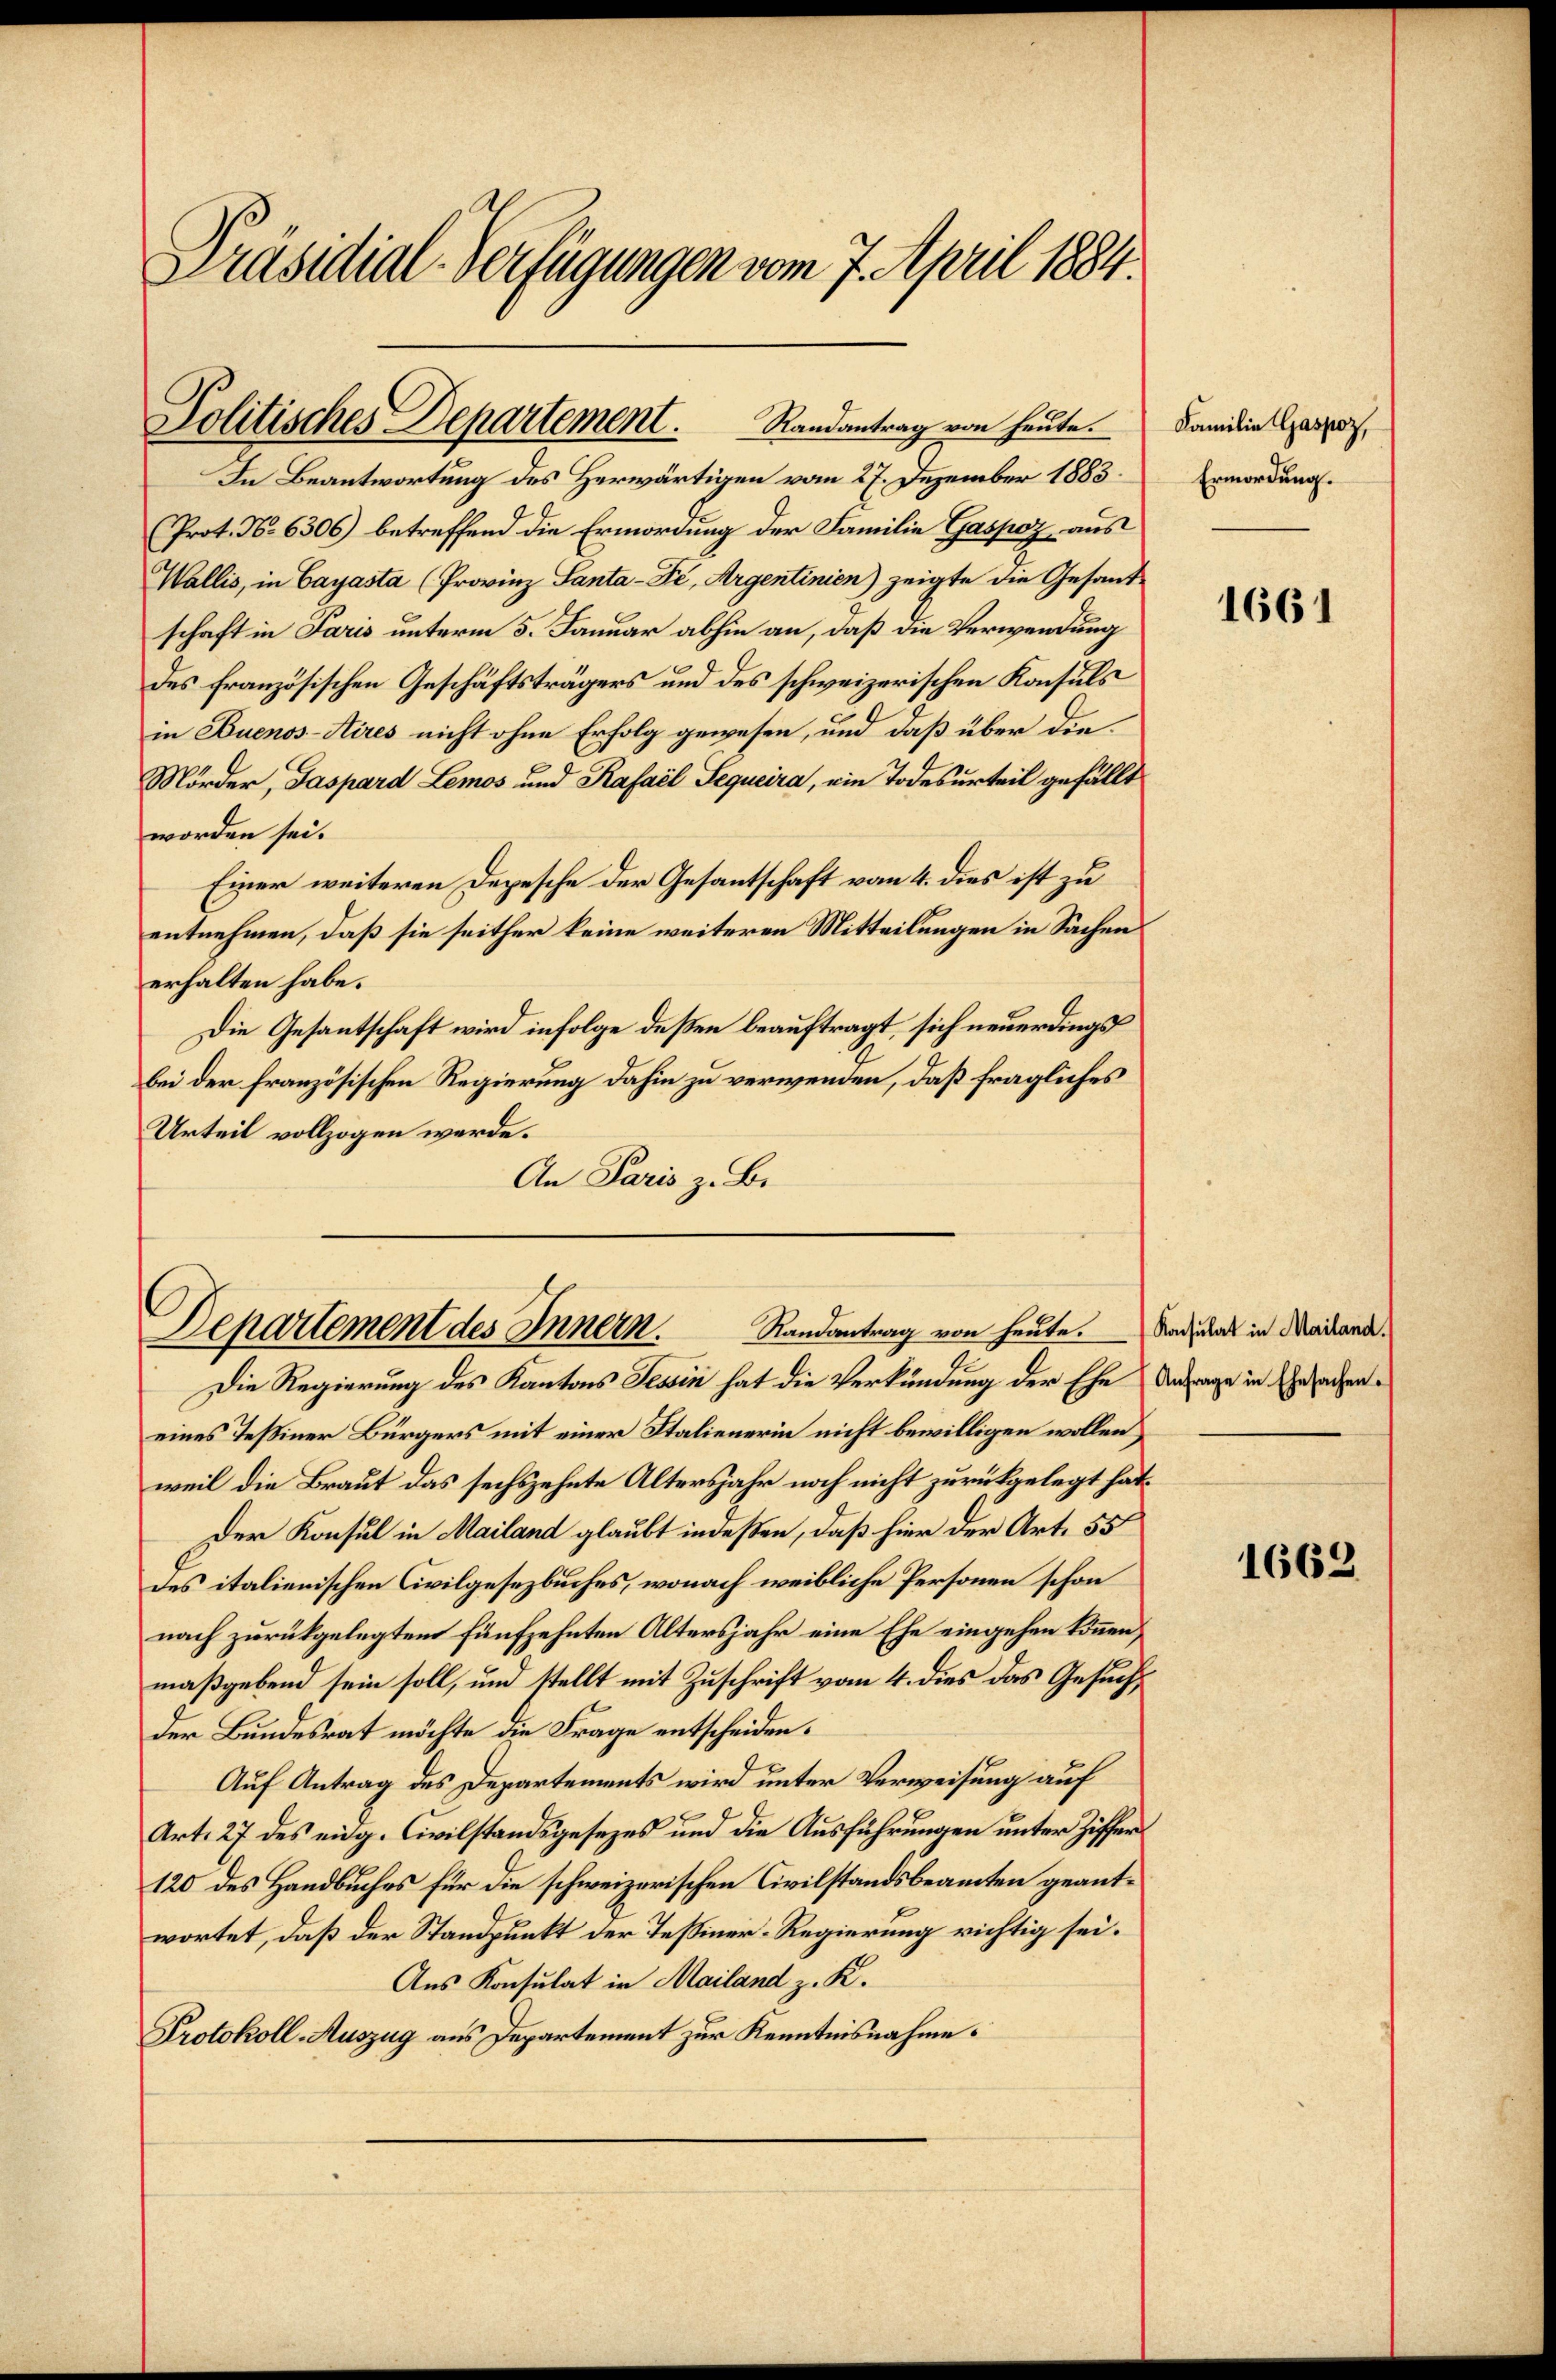
Präsidial-Verfügungen vom 7. April 1884.

In Beantwortung des Herwärtigen vom 27. Dezember 1883.
Prot. No 6306) betreffend die Ermordung der Familie Gaspoz, aus
Wallis, in Cayasta (Provinz Santa-Fé, Argentinien) zeigte die Gesandschaft in Paris unterm 5. Januar abhin an, daß die Verwendung
des französischen Geschäftsträgers und des schweizerischen Konsuls
in Buenos-Aires nicht ohne Erfolg gewesen, und daß über die
Mörder, Gaspard Lemos und Rafael Sequeira, ein Todesurteil gefällt
worden sei.
Einer weiteren Depesche der Gesantschaft vom 4. dies ist zu
entnehmen, daß sie seither keine weiteren Mitteilungen in Sachen
erhalten habe.
Die Gesantschaft wird infolge deßen beauftragt, sich neuerdings
bei der französischen Regierung dahin zu verwenden, daß fragliches
Urteil vollzogen werde.
An Paris z. B.

Politisches Departement. Randantrag von heute.

Randantrag von heute.
Departement des Innern.

Die Regierung des Kantons Tessin hat die Verkündung der Ehe Antrage in Gesacheneines Teßiner Bürgers mit einer Italienerin nicht bewilligen wollen,
weil die Braut das sechszehnte Altersjahr noch nicht zurückgelegt hat.
Der Konsul in Mailand glaubt indeßen, daß hier der Art. 55
des italienischen Civilgesezbuches, wonach weibliche Personen schon
nach zurückgelegtem fünfzehnten Altersjahr eine Ehe eingehen können,
maßgebend sein soll, und stellt mit Zuschrift vom 4. dies das Gesuch
der Bundesrat möchte die Frage entscheiden.
Auf Antrag des Departements wird unter Verweisung auf
Art. 27 des eidg. Civilstandsgesezes und die Ausführungen unter Ziffer
120 des Handbuches für die schweizerischen Civilstandsbeamten geantwortet, daß der Standpunkt der Teßiner-Regierung richtig sei.
Aus Konsulat in Mailand z. K.
Protokoll-Auszug aus Departement zur Kenntnisnahme.

Familie Gaspoz,
Ermordung.

1661

Konsulat in Mailand.

1662